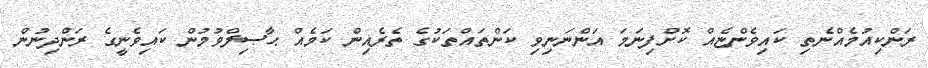
ރަންކިއުމެއްނެތި ކައިވެންޏެއް ކޮށްފިނަމަ އަންނަނިވި ކަންތައްތަކުގެ ތެރެއިން ކަމެއް ޙާޞިލްވުމުން ކައިވެނީގެ ރަންދިނުން